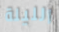
الليلة